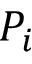
P _ { i }